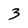
Character: 3